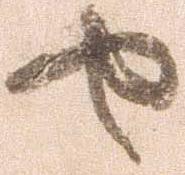
せ